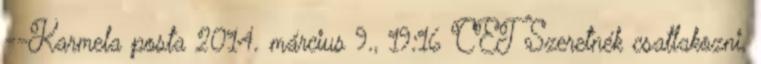
--Karmela posta 2014. március 9., 19:16 CET Szeretnék csatlakozni.